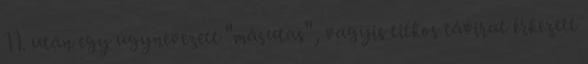
11. után egy úgynevezett "másutas", vagyis titkos távirat érkezett